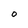
Character: O